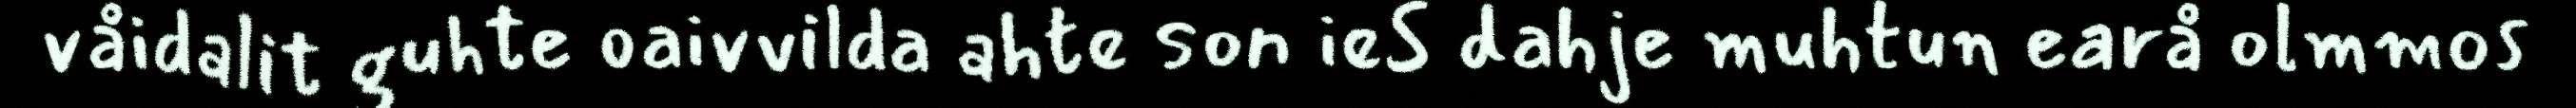
våidalit guhte oaivvilda ahte son ieS dahje muhtun earå olmmos